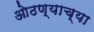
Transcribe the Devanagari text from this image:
ओठण्याच्या